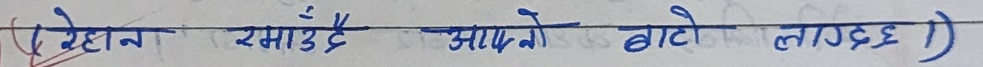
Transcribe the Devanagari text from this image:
रेहान रसाउँदै आपूmको बाटो लाग्दछ । )